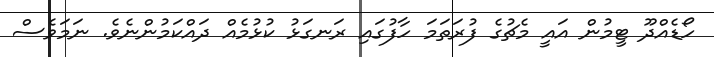
ހޯޑެއްދޫ ޓީމުން އައީ މެޗުގެ ފުރަތަމަ ހާފުގައި ރަނގަޅު ކުޅުމެއް ދައްކަމުންނެވެ. ނަމަވެސް